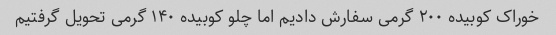
خوراک کوبیده ۲۰۰ گرمی سفارش دادیم اما چلو کوبیده ۱۴۰ گرمی تحویل گرفتیم